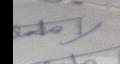
Signature authenticity: forged